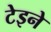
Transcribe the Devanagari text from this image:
टेइने